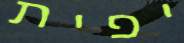
יפית